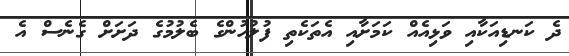
ދެ ކަނޑިއަކާއި ވަޅިއެއް ކަމަށާއި އެތަކެތި ފުލުހުންގެ ބެލުމުގެ ދަށަށް ގެނެސް އެ